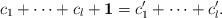
LaTeX: \begin{align*} c_{1}+\cdots + c_{l}+\mathbf 1= c_{1}'+ \cdots + c_{l}'.\end{align*}